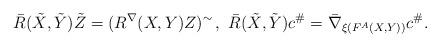
LaTeX: \begin{align*} \bar R(\tilde X,\tilde Y)\tilde Z= (R^\nabla( X, Y) Z)^\sim\, , \ \bar R(\tilde X,\tilde Y)c^\#=\bar \nabla _{\xi(F^A(X,Y))}c^\#. \end{align*}